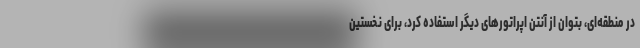
در منطقه‌ای، بتوان از آنتن اپراتورهای دیگر استفاده کرد، برای نخستین